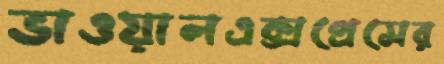
ভাওয়ালএক্সপ্রেসের